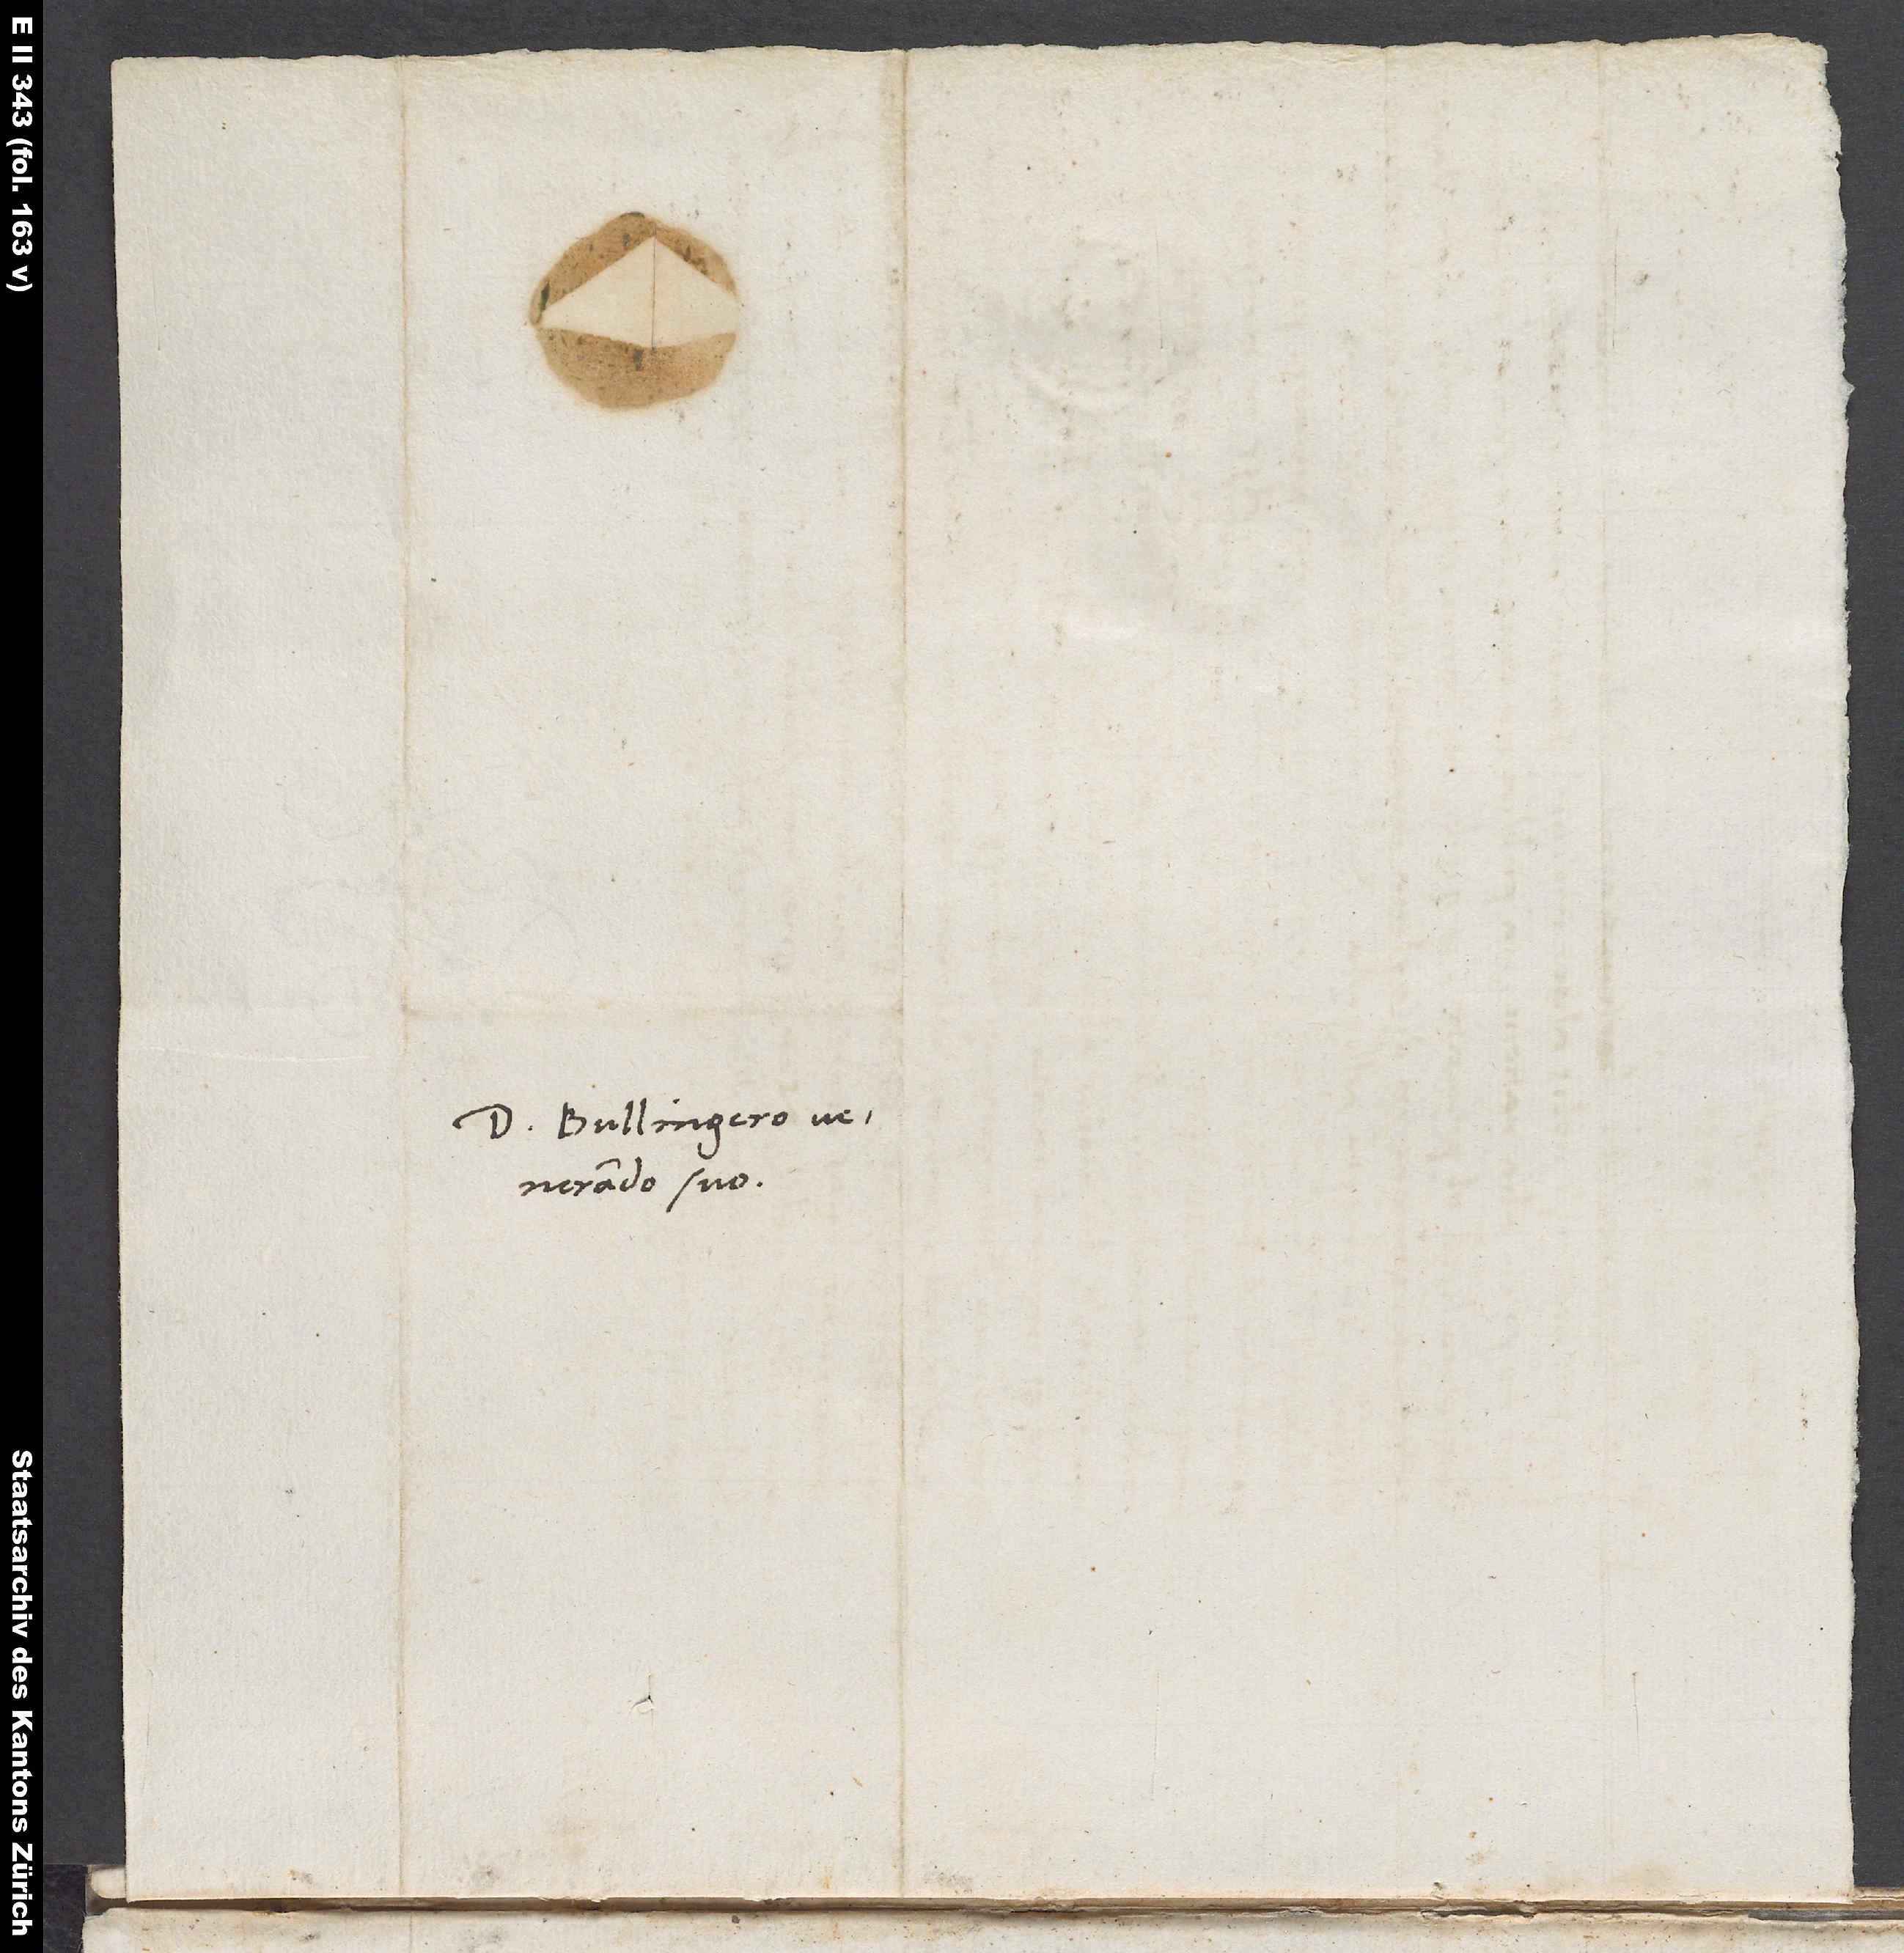
Domino Bullingero
venerando suo.